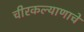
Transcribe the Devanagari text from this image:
चीरकल्याणाचे